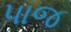
પાજ